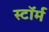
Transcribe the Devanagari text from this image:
स्टाॅर्म